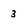
Character: 3